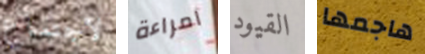
لاجتماع امراءة القيود هاجمها